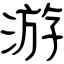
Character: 游